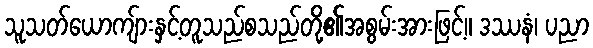
သူသတ်ယောကျ်ားနှင့်တူသည်စသည်တို့၏အစွမ်းအားဖြင့်။ ဒဿနံ၊ ပညာ